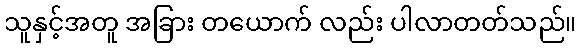
သူနှင့်အတူ အခြား တယောက် လည်း ပါလာတတ်သည်။